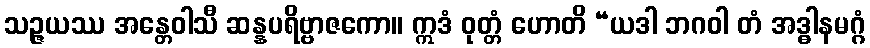
သဉ္ဇယဿ အန္တေဝါသီ ဆန္နပရိဗ္ဗာဇကော။ ဣဒံ ဝုတ္တံ ဟောတိ “ယဒါ ဘဂဝါ တံ အဒ္ဓါနမဂ္ဂံ